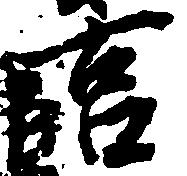
事